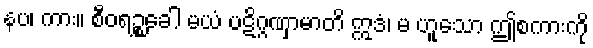
နပ၊ ကား။ စီဝရဉ္စခေါ မယံ ပဋိဂ္ဂဏှာမာတိ ဣဒံ၊ မ ဟူသော ဤစကားကို